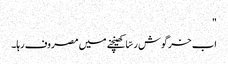
"
اب خرگوش رسّا کھینچنے میں مصروف رہا۔